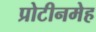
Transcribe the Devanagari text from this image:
प्रोटीनमेह